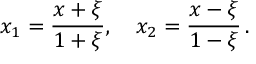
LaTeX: x _ { 1 } = \frac { x + \xi } { 1 + \xi } , \quad x _ { 2 } = \frac { x - \xi } { 1 - \xi } \, .